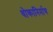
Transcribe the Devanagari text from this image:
धोकानिर्माण